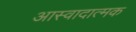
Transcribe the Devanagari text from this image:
आस्वादात्मक